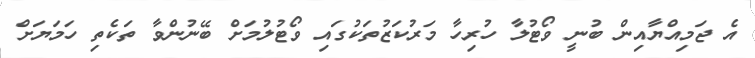
އެ ޖަމިއްޔާއިން ބުނީ ވޯޓުލާ ހުރިހާ މަރުކަޒުތަކުގައި ވޯޓުލުމަށް ބޭނުންވާ ތަކެތި ހަމަޔަށް